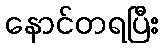
နောင်တရပြီး